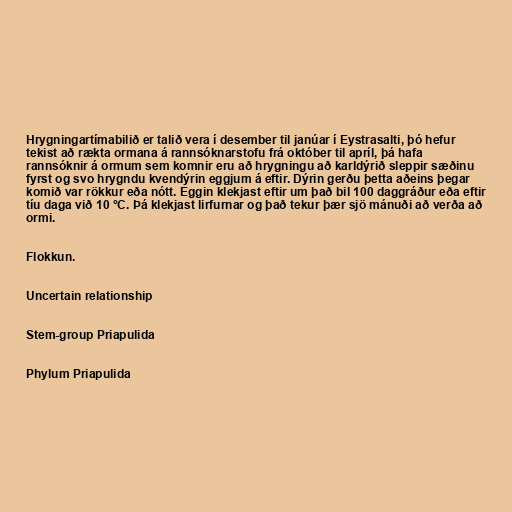
Hrygningartímabilið er talið vera í desember til janúar í Eystrasalti, þó hefur
tekist að rækta ormana á rannsóknarstofu frá október til apríl, þá hafa
rannsóknir á ormum sem komnir eru að hrygningu að karldýrið sleppir sæðinu
fyrst og svo hrygndu kvendýrin eggjum á eftir. Dýrin gerðu þetta aðeins þegar
komið var rökkur eða nótt. Eggin klekjast eftir um það bil 100 daggráður eða eftir
tíu daga við 10 °C. Þá klekjast lirfurnar og það tekur þær sjö mánuði að verða að
ormi.

Flokkun.

Uncertain relationship

Stem-group Priapulida

Phylum Priapulida